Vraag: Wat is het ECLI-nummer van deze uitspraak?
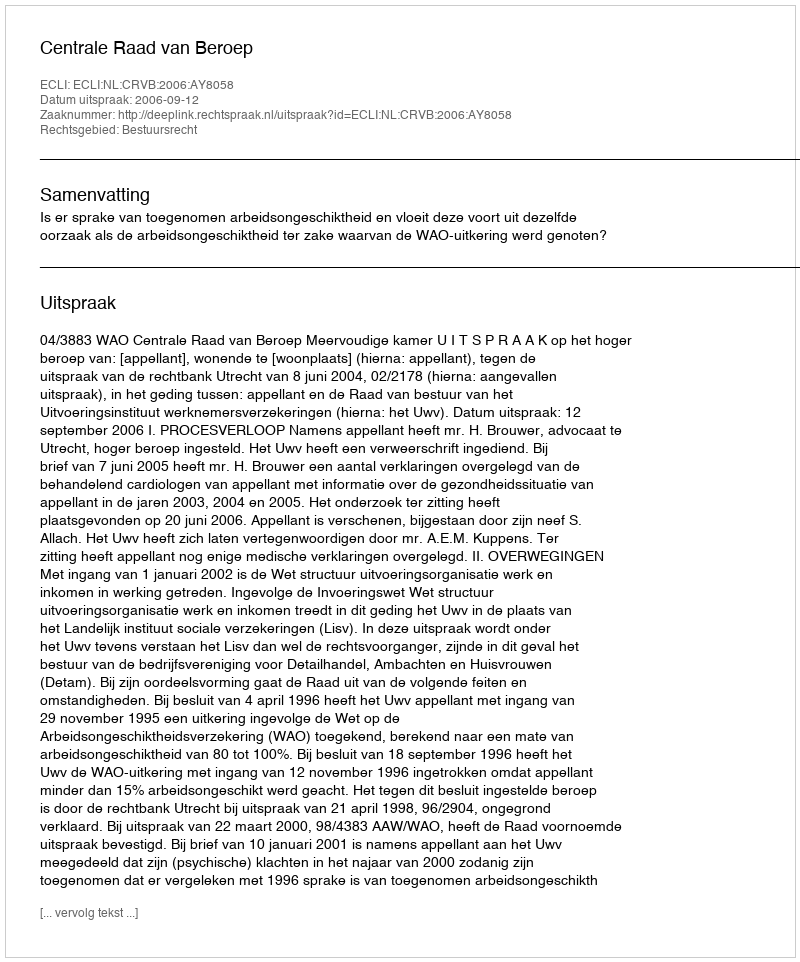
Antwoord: ECLI:NL:CRVB:2006:AY8058